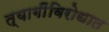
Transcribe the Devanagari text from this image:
त्यागींविरोधात